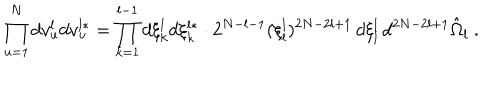
LaTeX: \prod _ { u = 1 } ^ { N } d v _ { u } ^ { l } d v _ { u } ^ { l * } = \prod _ { k = 1 } ^ { l - 1 } d \xi _ { k } ^ { l } d \xi _ { k } ^ { l * } \cdot 2 ^ { N - l - 1 } ( \xi _ { l } ^ { l } ) ^ { 2 N - 2 l + 1 } \, d \xi _ { l } ^ { l } \, d ^ { 2 N - 2 l + 1 } \hat { \Omega } _ { l } \ .